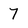
Character: 7